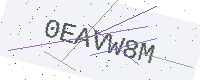
Text: 0EAVW8M